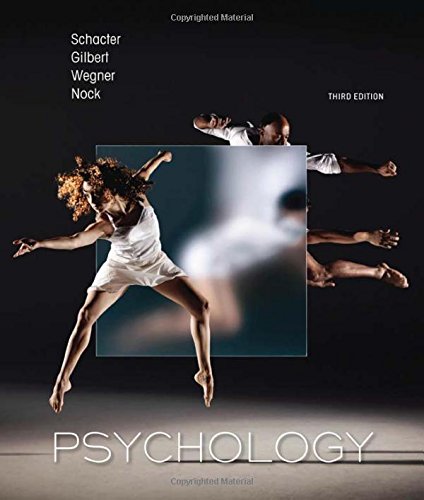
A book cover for Psychology; Daniel L. Schacter; Medical Books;